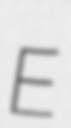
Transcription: E